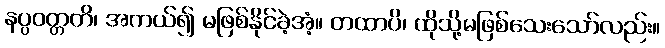
နပ္ပဝတ္တတိ၊ အကယ်၍ မဖြစ်နိုင်ခဲ့အံ့။ တထာပိ၊ ထိုသို့မဖြစ်သေးသော်လည်း။